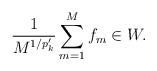
LaTeX: \begin{align*}\frac{1}{M^{1/p'_k}} \sum_{m=1}^M f_m \in W.\end{align*}